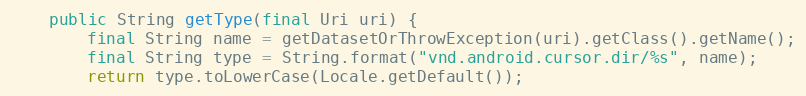
Language: Java
	public String getType(final Uri uri) {
		final String name = getDatasetOrThrowException(uri).getClass().getName();
		final String type = String.format("vnd.android.cursor.dir/%s", name);
		return type.toLowerCase(Locale.getDefault());